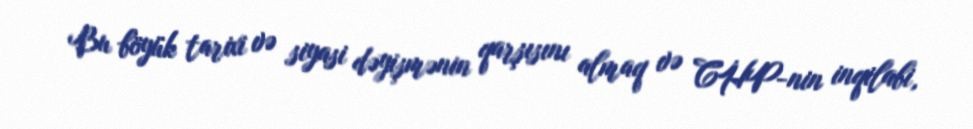
Bu böyük tarixi və siyasi dəyişmənin qarşısını almaq və CHP-nin inqilabi,